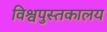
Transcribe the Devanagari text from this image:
विश्वपुस्तकालय